Civil Veterinary Department. Central Provinces & Berar 1932-41 - 1932-1941
Year: 1932
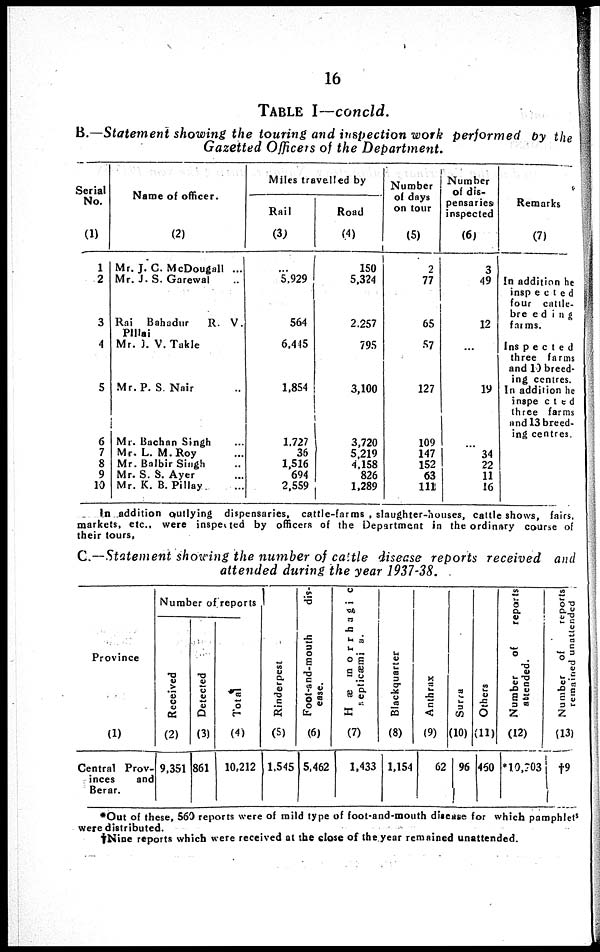
16
TABLE I —concld.
B.—Statement showing the touring and inspection work performed by the
Gazetted Officers of the Department.
Serial
No.
(1)
1
2
3
4
5
6
7
8
9
10
Name of officer.
(2)
Mr. J. C. McDougall ...
Mr. J. S. Garewal ...
Rai Bahadur
R. V.
Pillai
Mr. J. V. Takle
Mr. P. S. Nair ...
Mr. Bachan Singh ...
Mr. L. M. Roy ...
Mr. Balbir Singh ...
Mr. S. S. Ayer ...
Mr. K. B. Pillay ...
Miles travelled by
Rail
(3)
...
5,929
564
6,445
1,854
1,727
36
1,516
694
2,559
Road
(4)
150
5,324
2,257
795
3,100
3,720
5,219
4.158
826
1,289
Number
of days
on tour
(5)
2
77
65
57
127
109
147
152
63
111
Number
of dis-
pensaries
inspected
(6)
3
49
12
...
19
...
34
22
11
16
Remarks
(7)
In addition he
inspected
four cattle-
breeding
farms.
Inspected
three farms
and 10 breed-
ing centres.
In addition he
inspected
three farms
and 13 breed-
ing centres.
In addition outlying dispensaries, cattle-farms , slaughter-houses, cattle shows, fairs,
markets, etc., were inspected by officers of the Department in the ordinary course of
their tours,
C.—Statement showing the number of cattle disease reports received and
attended during the year 1937-38.
Province
(1)
Central Prov-
inces
and
Berar.
Number of reports
Received
(2)
9,351
Detected
(3)
861
Total
(4)
10,212
Rinderpest
(5)
1,545
Foot-and-mouth
dis-
ease.
(6)
5,462
Hæmorrhagic
septicæmia.
(7)
1,433
Blackquarter
(8)
1,154
Anthrax
(9)
62
Sur r a
(10)
96
Ot her s
(11)
460
Number
of
reports
attended.
(12)
* 10,703
Number
of
reports
remained unattended
(13)
†9
* Out of these, 560 reports were of mild type of foot-and-mouth disease for which pamphlets
were distributed.
† Nine reports which were received at the close of the year remained unattended.